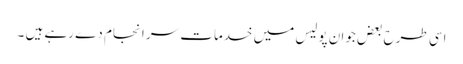
اسی طرح بعض جوان پولیس میں خدمات سر انجام دے رہے ہیں ۔